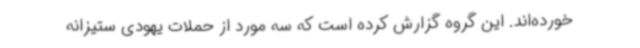
خورده‌اند. این گروه گزارش کرده است که سه مورد از حملات یهودی ستیزانه